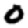
Digit: 0